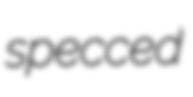
specced